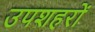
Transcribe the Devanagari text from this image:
उपशहरों